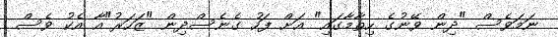
ނަމަވެސް "ދިން ވޭނުގެ ހިތާމާގައި" އަށް ފަހު ގެނެސްދިން "ޒަހަރު"އާ އެކު ވެސް